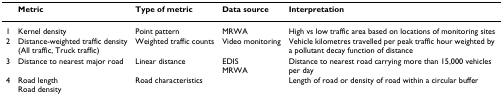
|  | Metric | Type of metric | Data source | Interpretation |
 | --- | --- | --- | --- | --- |
 | 1 | Kernel density | Point pattern | MRWA | High vs low traffic area based on locations of monitoring sites |
 | 2 | Distance-weighted traffic density(All traffic, Truck traffic) | Weighted traffic counts | Video monitoring | Vehicle kilometres travelled per peak traffic hour weighted by a pollutant decay function of distance |
 | 3 | Distance to nearest major road | Linear distance | EDISMRWA | Distance to nearest road carrying more than 15,000 vehicles per day |
 | 4 | Road lengthRoad density | Road characteristics |  | Length of road or density of road within a circular buffer |